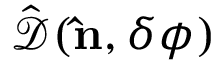
\hat { \mathcal { D } } ( { \bf \hat { n } } , \delta \phi )